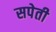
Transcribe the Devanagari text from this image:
सपेती